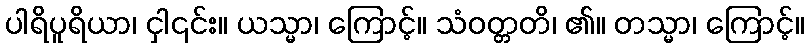
ပါရိပူရိယာ၊ ငှါ၎င်း။ ယသ္မာ၊ ကြောင့်။ သံဝတ္တတိ၊ ၏။ တသ္မာ၊ ကြောင့်။